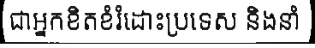
ជាអ្នកខិតខំរំដោះប្រទេស និងនាំ